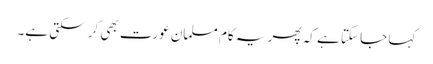
کہا جا سکتا ہے کہ پھر یہ کام مسلمان عورت بھی کر سکتی ہے۔